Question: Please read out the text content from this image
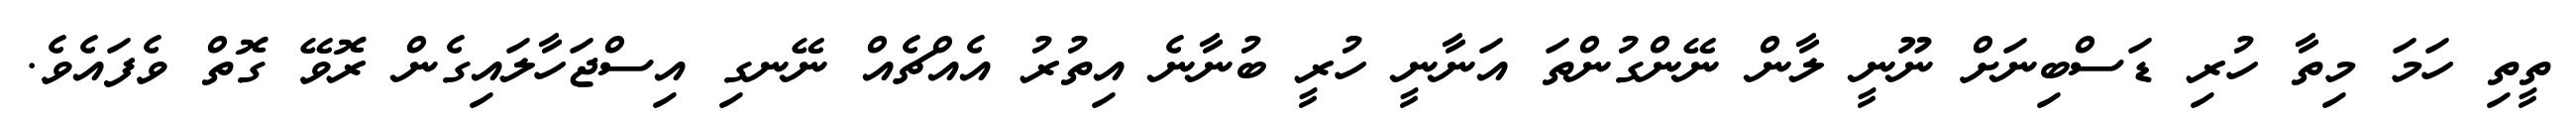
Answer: ތީތި ހަމަ މިތާ ހުރި ޑަސްބިނަށް ނޫނީ ލާން ނޭންގުންތަ އަނާނީ ހުރީ ބުނާނެ އިތުރު އެއްޗެއް ނޭނގި އިސްޖަހާލައިގެން ރޮވޭ ގޮތް ވެފައެވެ.